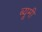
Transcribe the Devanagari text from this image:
ब्यूमी